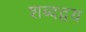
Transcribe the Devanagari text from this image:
शब्दद्वय